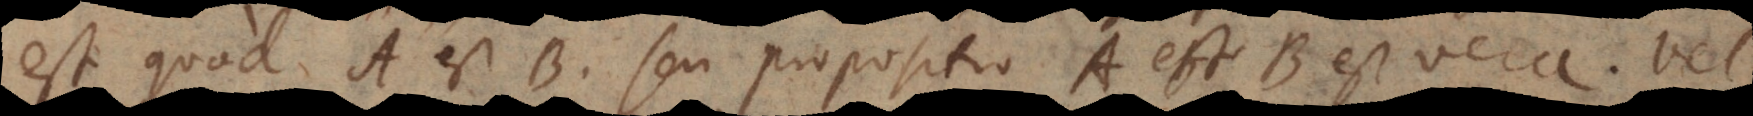
est quod A est B, seu propositio A est B est vera.